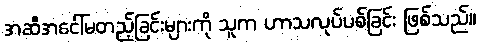
အဆီအငေါ်မတည့်ခြင်းများကို သူက ဟာသလုပ်ပစ်ခြင်း ဖြစ်သည်။